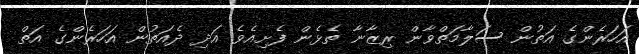
އަހަރެންގެ އަތުން ސަލާމަތްވާން ރިޒާނާ ތެޅެން ފެށިއެވެ. އަދި ދެއަތުން އަހަރެންގެ އަތް